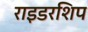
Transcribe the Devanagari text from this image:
राइडरशिप